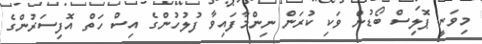
މިވަނީ ޕޮލިސް ބޯޑުން ވަކި ކުރަން ނިންމާފަައިވާ ފުލުހުންގެ އިސް ހަތް އޮފިސަރުންގެ